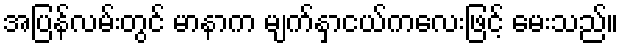
အပြန်လမ်းတွင် မာနာက မျက်နှာငယ်ကလေးဖြင့် မေးသည်။